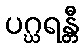
ပဂ္ဃရန္တီ